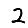
Digit: 2